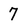
Character: 7